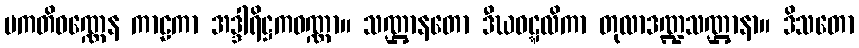
ပကတိဝဏ္ဏေန ကာဠကာ အဒ္ဒါရိဋ္ဌကဝဏ္ဏာ။ သဏ္ဌာနတော ဒီဃဝဋ္ဋလိကာ တုလာဒဏ္ဍသဏ္ဌာနာ။ ဒိသတော